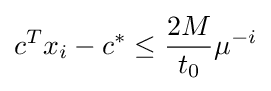
c^{T}x_{i}-c^{*}\leq {\frac {2M}{t_{0}}}\mu ^{-i}